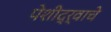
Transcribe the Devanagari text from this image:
पेशीद्र्वाचे